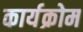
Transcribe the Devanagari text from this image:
कार्यक्रोम